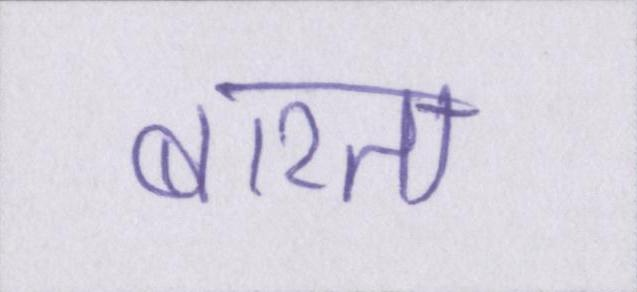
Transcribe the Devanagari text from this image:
बरता